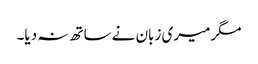
مگرمیری زبان نےساتھ نہ دیا۔